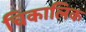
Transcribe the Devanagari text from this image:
चिकालिक